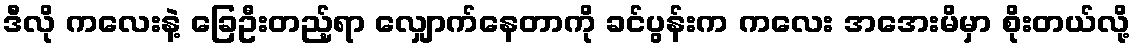
ဒီလို ကလေးနဲ့ ခြေဦးတည့်ရာ လျှောက်နေတာကို ခင်ပွန်းက ကလေး အအေးမိမှာ စိုးတယ်လို့